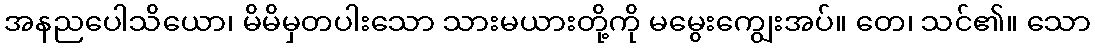
အနညပေါသိယော၊ မိမိမှတပါးသော သားမယားတို့ကို မမွေးကျွေးအပ်။ တေ၊ သင်၏။ သော